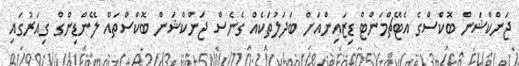
ޖަންކްޝަން ބޮކްސްގެ އެޓޭޗްމަންޓް ޑިޒައިންއަށް ބަދަލުތަކެއް ގެނެސް ޖަންކްޝަން ބޮކްސްތައް ލޭންޑިންގް ގިއަރުގައި